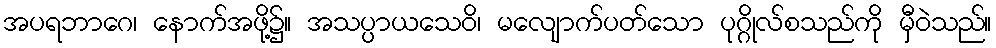
အပရဘာဂေ၊ နောက်အဖို့၌။ အသပ္ပာယသေဝိ၊ မလျောက်ပတ်သော ပုဂ္ဂိုလ်စသည်ကို မှီဝဲသည်။